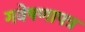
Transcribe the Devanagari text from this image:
गवेषणापत्र